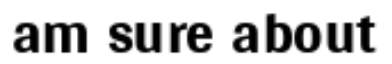
am sure about